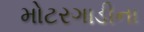
મોટરગાડીના